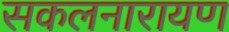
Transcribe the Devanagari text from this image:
सकलनारायण